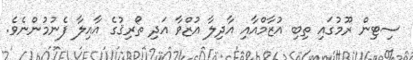
ސިޓިން ރޫމުގައި ތިބި އުޒާމްއާއި އާދިލާ އުޒްވާ އަދި ތޯރިޤުގެ އާއިލާ ފެނުމުންނެވެ.